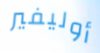
أوليفير